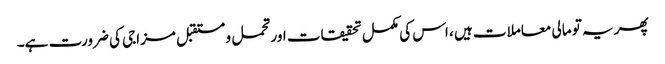
پھر یہ تو مالی معاملات ہیں ، اس کی مکمل تحقیقات اور تحمل و مستقبل مزاجی کی ضرورت ہے۔